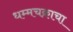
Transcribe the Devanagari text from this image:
धम्मचक्राचा